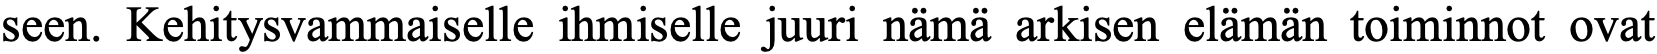
seen. Kehitysvammaiselle ihmiselle juuri nämä arkisen elämän toiminnot ovat